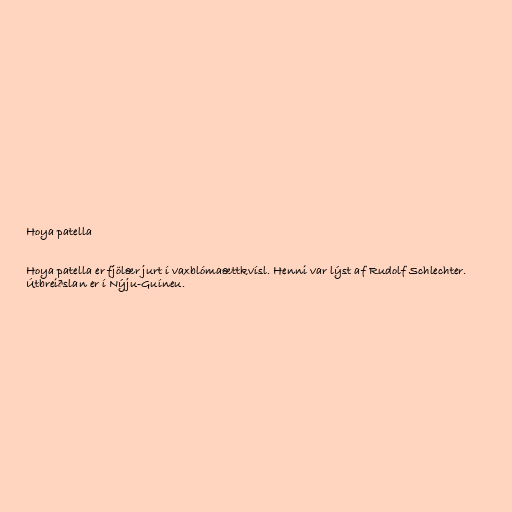
Hoya patella

Hoya patella er fjölær jurt í vaxblómaættkvísl. Henni var lýst af Rudolf Schlechter.
Útbreiðslan er í Nýju-Guíneu.